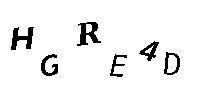
HGRE4D